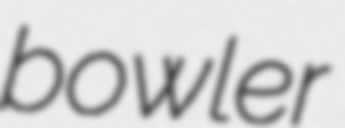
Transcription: bowler